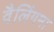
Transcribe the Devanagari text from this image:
वैलिंगमा